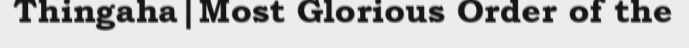
Thingaha|Most Glorious Order of the